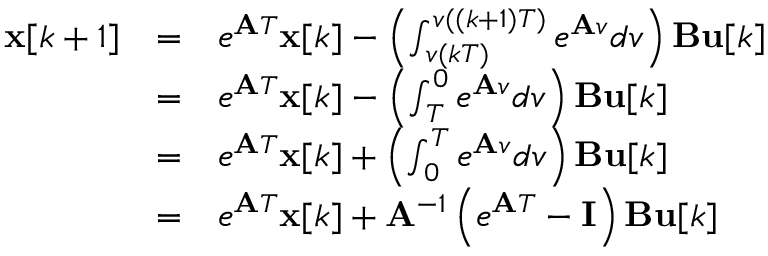
{ \begin{array} { l l l } { \mathbf { x } [ k + 1 ] } & { = } & { e ^ { \mathbf { A } T } \mathbf { x } [ k ] - \left( \int _ { v ( k T ) } ^ { v ( ( k + 1 ) T ) } e ^ { \mathbf { A } v } d v \right) \mathbf { B } \mathbf { u } [ k ] } \\ & { = } & { e ^ { \mathbf { A } T } \mathbf { x } [ k ] - \left( \int _ { T } ^ { 0 } e ^ { \mathbf { A } v } d v \right) \mathbf { B } \mathbf { u } [ k ] } \\ & { = } & { e ^ { \mathbf { A } T } \mathbf { x } [ k ] + \left( \int _ { 0 } ^ { T } e ^ { \mathbf { A } v } d v \right) \mathbf { B } \mathbf { u } [ k ] } \\ & { = } & { e ^ { \mathbf { A } T } \mathbf { x } [ k ] + \mathbf { A } ^ { - 1 } \left( e ^ { \mathbf { A } T } - \mathbf { I } \right) \mathbf { B } \mathbf { u } [ k ] } \end{array} }